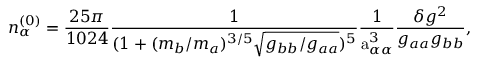
n _ { \alpha } ^ { ( 0 ) } = \frac { 2 5 \pi } { 1 0 2 4 } \frac { 1 } { ( 1 + ( m _ { b } / m _ { a } ) ^ { 3 / 5 } \sqrt { g _ { b b } / g _ { a a } } ) ^ { 5 } } \frac { 1 } { \mathrm { a } _ { \alpha \alpha } ^ { 3 } } \frac { \delta g ^ { 2 } } { g _ { a a } g _ { b b } } ,